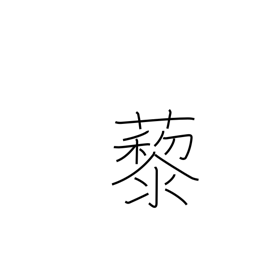
Meaning: wild spinach